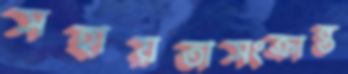
সহায়তাসংক্রান্ত